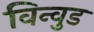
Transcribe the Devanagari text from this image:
विन्वुड